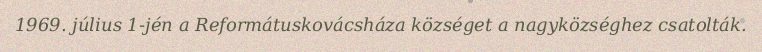
1969. július 1-jén a Reformátuskovácsháza községet a nagyközséghez csatolták.